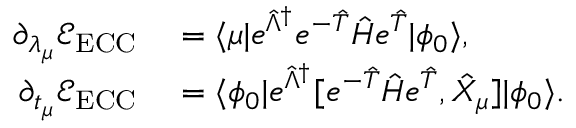
\begin{array} { r l } { \partial _ { \lambda _ { \mu } } \mathcal E _ { \mathrm { E C C } } } & { { } = \langle \mu \vert e ^ { \hat { \Lambda } ^ { \dagger } } e ^ { - \hat { T } } \hat { H } e ^ { \hat { T } } \vert \phi _ { 0 } \rangle , } \\ { \partial _ { t _ { \mu } } \mathcal E _ { \mathrm { E C C } } } & { { } = \langle \phi _ { 0 } \vert e ^ { \hat { \Lambda } ^ { \dagger } } [ e ^ { - \hat { T } } \hat { H } e ^ { \hat { T } } , \hat { X } _ { \mu } ] \vert \phi _ { 0 } \rangle . } \end{array}